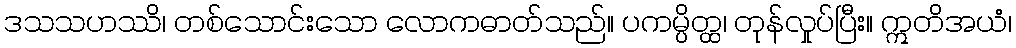
ဒသသဟဿိ၊ တစ်သောင်းသော လောကဓာတ်သည်။ ပကမ္ပိတ္ထ၊ တုန်လှုပ်ပြီး။ ဣတိအယံ၊